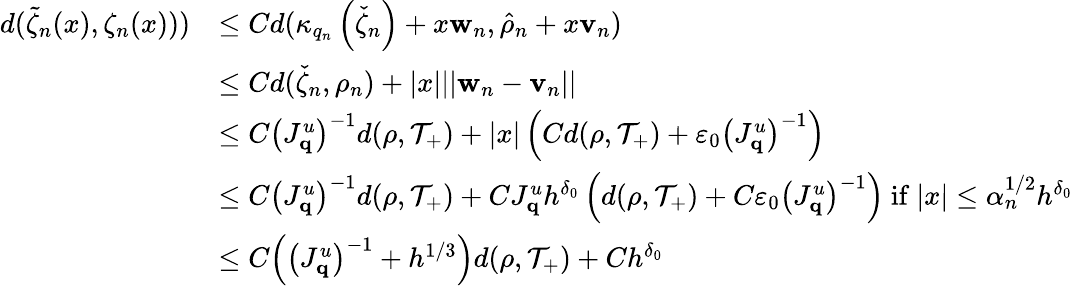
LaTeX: \begin{array}{rl}{d(\widetilde{\zeta}_{n}(x),\zeta_{n}(x)))}&{\leq Cd(\kappa_{q_{n}}\left(\check{\zeta}_{n}\right)+x\mathbf{w}_{n},\hat{\rho}_{n}+x\mathbf{v}_{n})}\\ &{\leq Cd(\check{\zeta}_{n},\rho_{n})+|x|||\mathbf{w}_{n}-\mathbf{v}_{n}||}\\ &{\leq C\left(J_{\mathbf{q}}^{u}\right)^{-1}d(\rho,\mathcal{T}_{+})+|x|\left(Cd(\rho,\mathcal{T}_{+})+\varepsilon_{0}\left(J_{\mathbf{q}}^{u}\right)^{-1}\right)}\\ &{\leq C\left(J_{\mathbf{q}}^{u}\right)^{-1}d(\rho,\mathcal{T}_{+})+CJ_{\mathbf{q}}^{u}h^{\delta_{0}}\left(d(\rho,\mathcal{T}_{+})+C\varepsilon_{0}\left(J_{\mathbf{q}}^{u}\right)^{-1}\right)\mathrm{~if~}|x|\leq\alpha_{n}^{1/2}h^{\delta_{0}}}\\ &{\leq C\Big(\left(J_{\mathbf{q}}^{u}\right)^{-1}+h^{1/3}\Big)d(\rho,\mathcal{T}_{+})+Ch^{\delta_{0}}}\end{array}